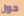
حول